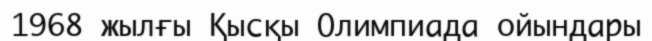
1968 жылғы Қысқы Олимпиада ойындары